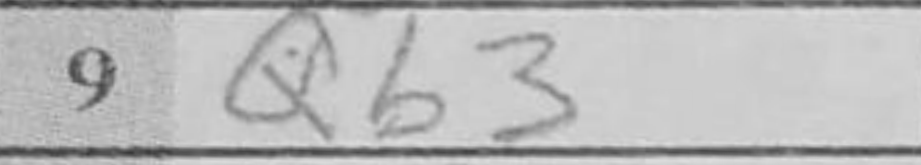
Transcription: Qb3